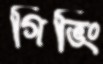
গিভিং